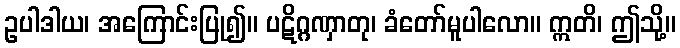
ဥပါဒါယ၊ အကြောင်းပြု၍။ ပဋိဂ္ဂဏှာတု၊ ခံတော်မူပါလော။ ဣတိ၊ ဤသို့။